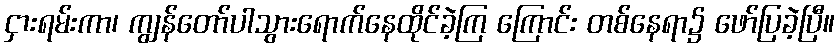
ငှားရမ်းကာ၊ ကျွန်တော်ပါသွားရောက်နေထိုင်ခဲ့ကြ ကြောင်း တစ်နေရာ၌ ဖော်ပြခဲ့ပြီ။